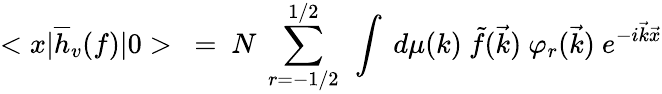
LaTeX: <x{\mid}\overline{{{h}}}_{v}(f){\mid}0>\ =\ N\ \sum_{r=-1/2}^{1/2}\ \int\ d\mu(k)\ \tilde{f}(\vec{k})\ {\varphi}_{r}(\vec{k})\ e^{-i\vec{k}\vec{x}}